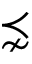
\precnsim